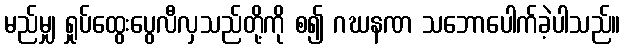
မည်မျှ ရှုပ်ထွေးပွေလီလှသည်တို့ကို စ၍ ဂဃနဏ သဘောပေါက်ခဲ့ပါသည်။